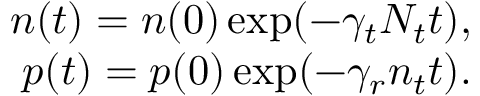
\begin{array} { r } { n ( t ) = n ( 0 ) \exp ( - \gamma _ { t } N _ { t } t ) , } \\ { p ( t ) = p ( 0 ) \exp ( - \gamma _ { r } n _ { t } t ) . } \end{array}